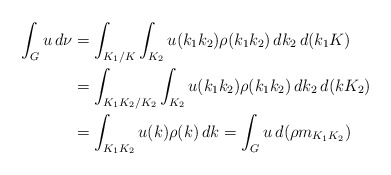
\begin{align*}\int_G u\,d\nu&=\int_{K_1/K}\int_{K_2}u(k_1k_2)\rho(k_1k_2)\,dk_2\, d(k_1K) \\&=\int_{K_1K_2/K_2}\int_{K_2}u(k_1k_2)\rho(k_1k_2)\,dk_2\, d(kK_2) \\&=\int_{K_1K_2} u(k)\rho(k)\, dk=\int_G u\,d(\rho m_{K_1K_2}) \end{align*}